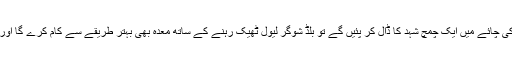
اگر آپ ہر کھانے سے 20منٹ قبل ادرک کی چائے میں ایک چمچ شہد کا ڈال کر پئیں گے تو بلڈ شوگر لیول ٹھیک رہنے کے ساتھ معدہ بھی بہتر طریقے سے کام کرے گا اور ساتھ ہی آپ کا وزن بھی کم ہونے لگے گا۔